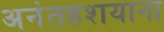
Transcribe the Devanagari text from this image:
अनंतहशयाना